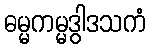
ဓမ္မကမ္မဒွါဒသကံ